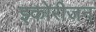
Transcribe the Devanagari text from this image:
इकोरीजन